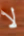
لا